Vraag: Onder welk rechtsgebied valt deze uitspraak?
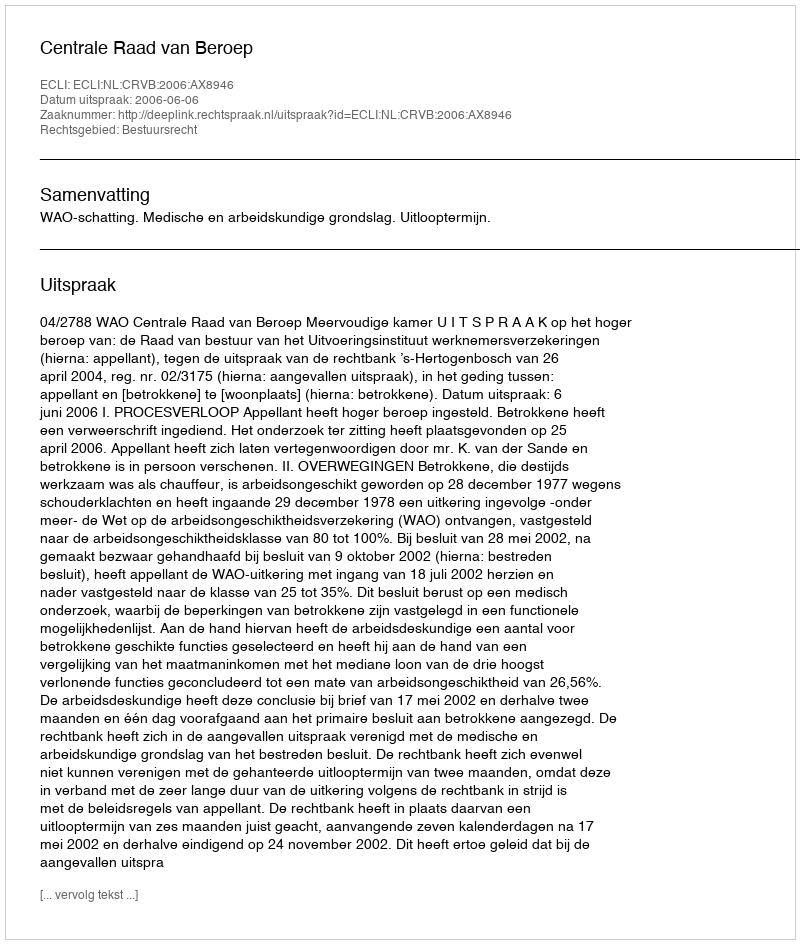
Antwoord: Bestuursrecht